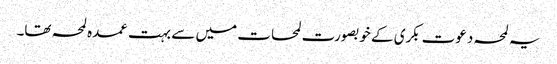
یہ لمحہ دعوت بکری کے خوبصورت لمحات میں سے بہت عمدہ لمحہ تھا۔